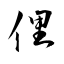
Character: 俚